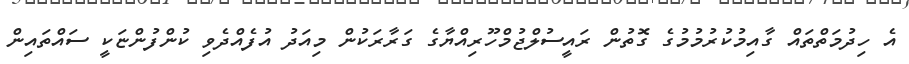
އެ ހިދުމަތްތައް ގާއިމުކުރުމުމުގެ ގޮތުން ރައީސުލްޖުމްހޫރިއްޔާގެ ގަރާރަކުން މިއަދު އުފެއްދެވި ކުންފުންޏަކީ ސައްތައިން